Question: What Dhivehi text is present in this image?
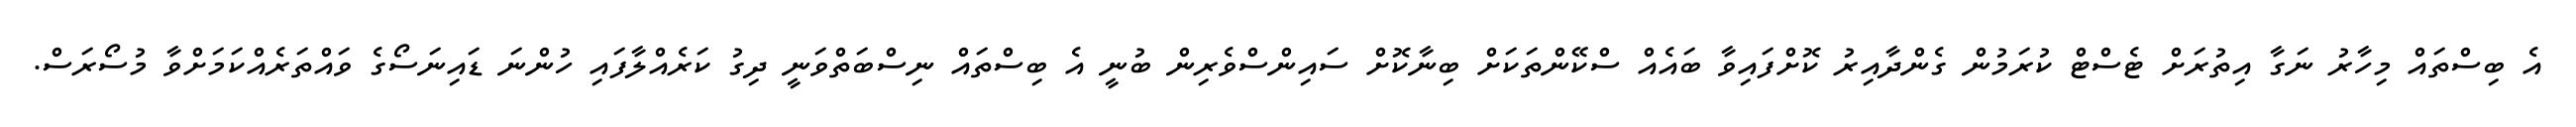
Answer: އެ ބިސްތައް މިހާރު ނަގާ އިތުރަށް ޓެސްޓް ކުރަމުން ގެންދާއިރު ކޮށްފައިވާ ބައެއް ސްކޭންތަކަށް ބިނާކޮށް ސައިންސްވެރިން ބުނީ އެ ބިސްތައް ނިސްބަތްވަނީ ދިގު ކަރެއްލާފައި ހުންނަ ޑައިނަސޯގެ ވައްތަރެއްކަމަށްވާ މުސޯރަސް.